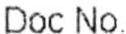
DOC NO